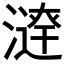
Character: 𣾣